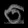
Digit: ၀